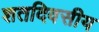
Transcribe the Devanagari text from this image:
शतदिवसीय